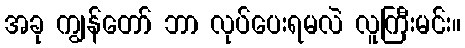
အခု ကျွန်တော် ဘာ လုပ်ပေးရမလဲ လူကြီးမင်း။